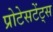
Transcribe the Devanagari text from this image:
प्रोटेसटेंट्स